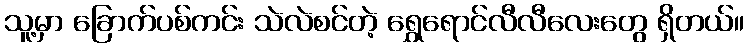
သူ့မှာ ခြောက်ပစ်ကင်း သဲလဲစင်တဲ့ ရွှေရောင်လီလီလေးတွေ ရှိတယ်။